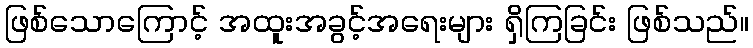
ဖြစ်သောကြောင့် အထူးအခွင့်အရေးများ ရှိကြခြင်း ဖြစ်သည်။